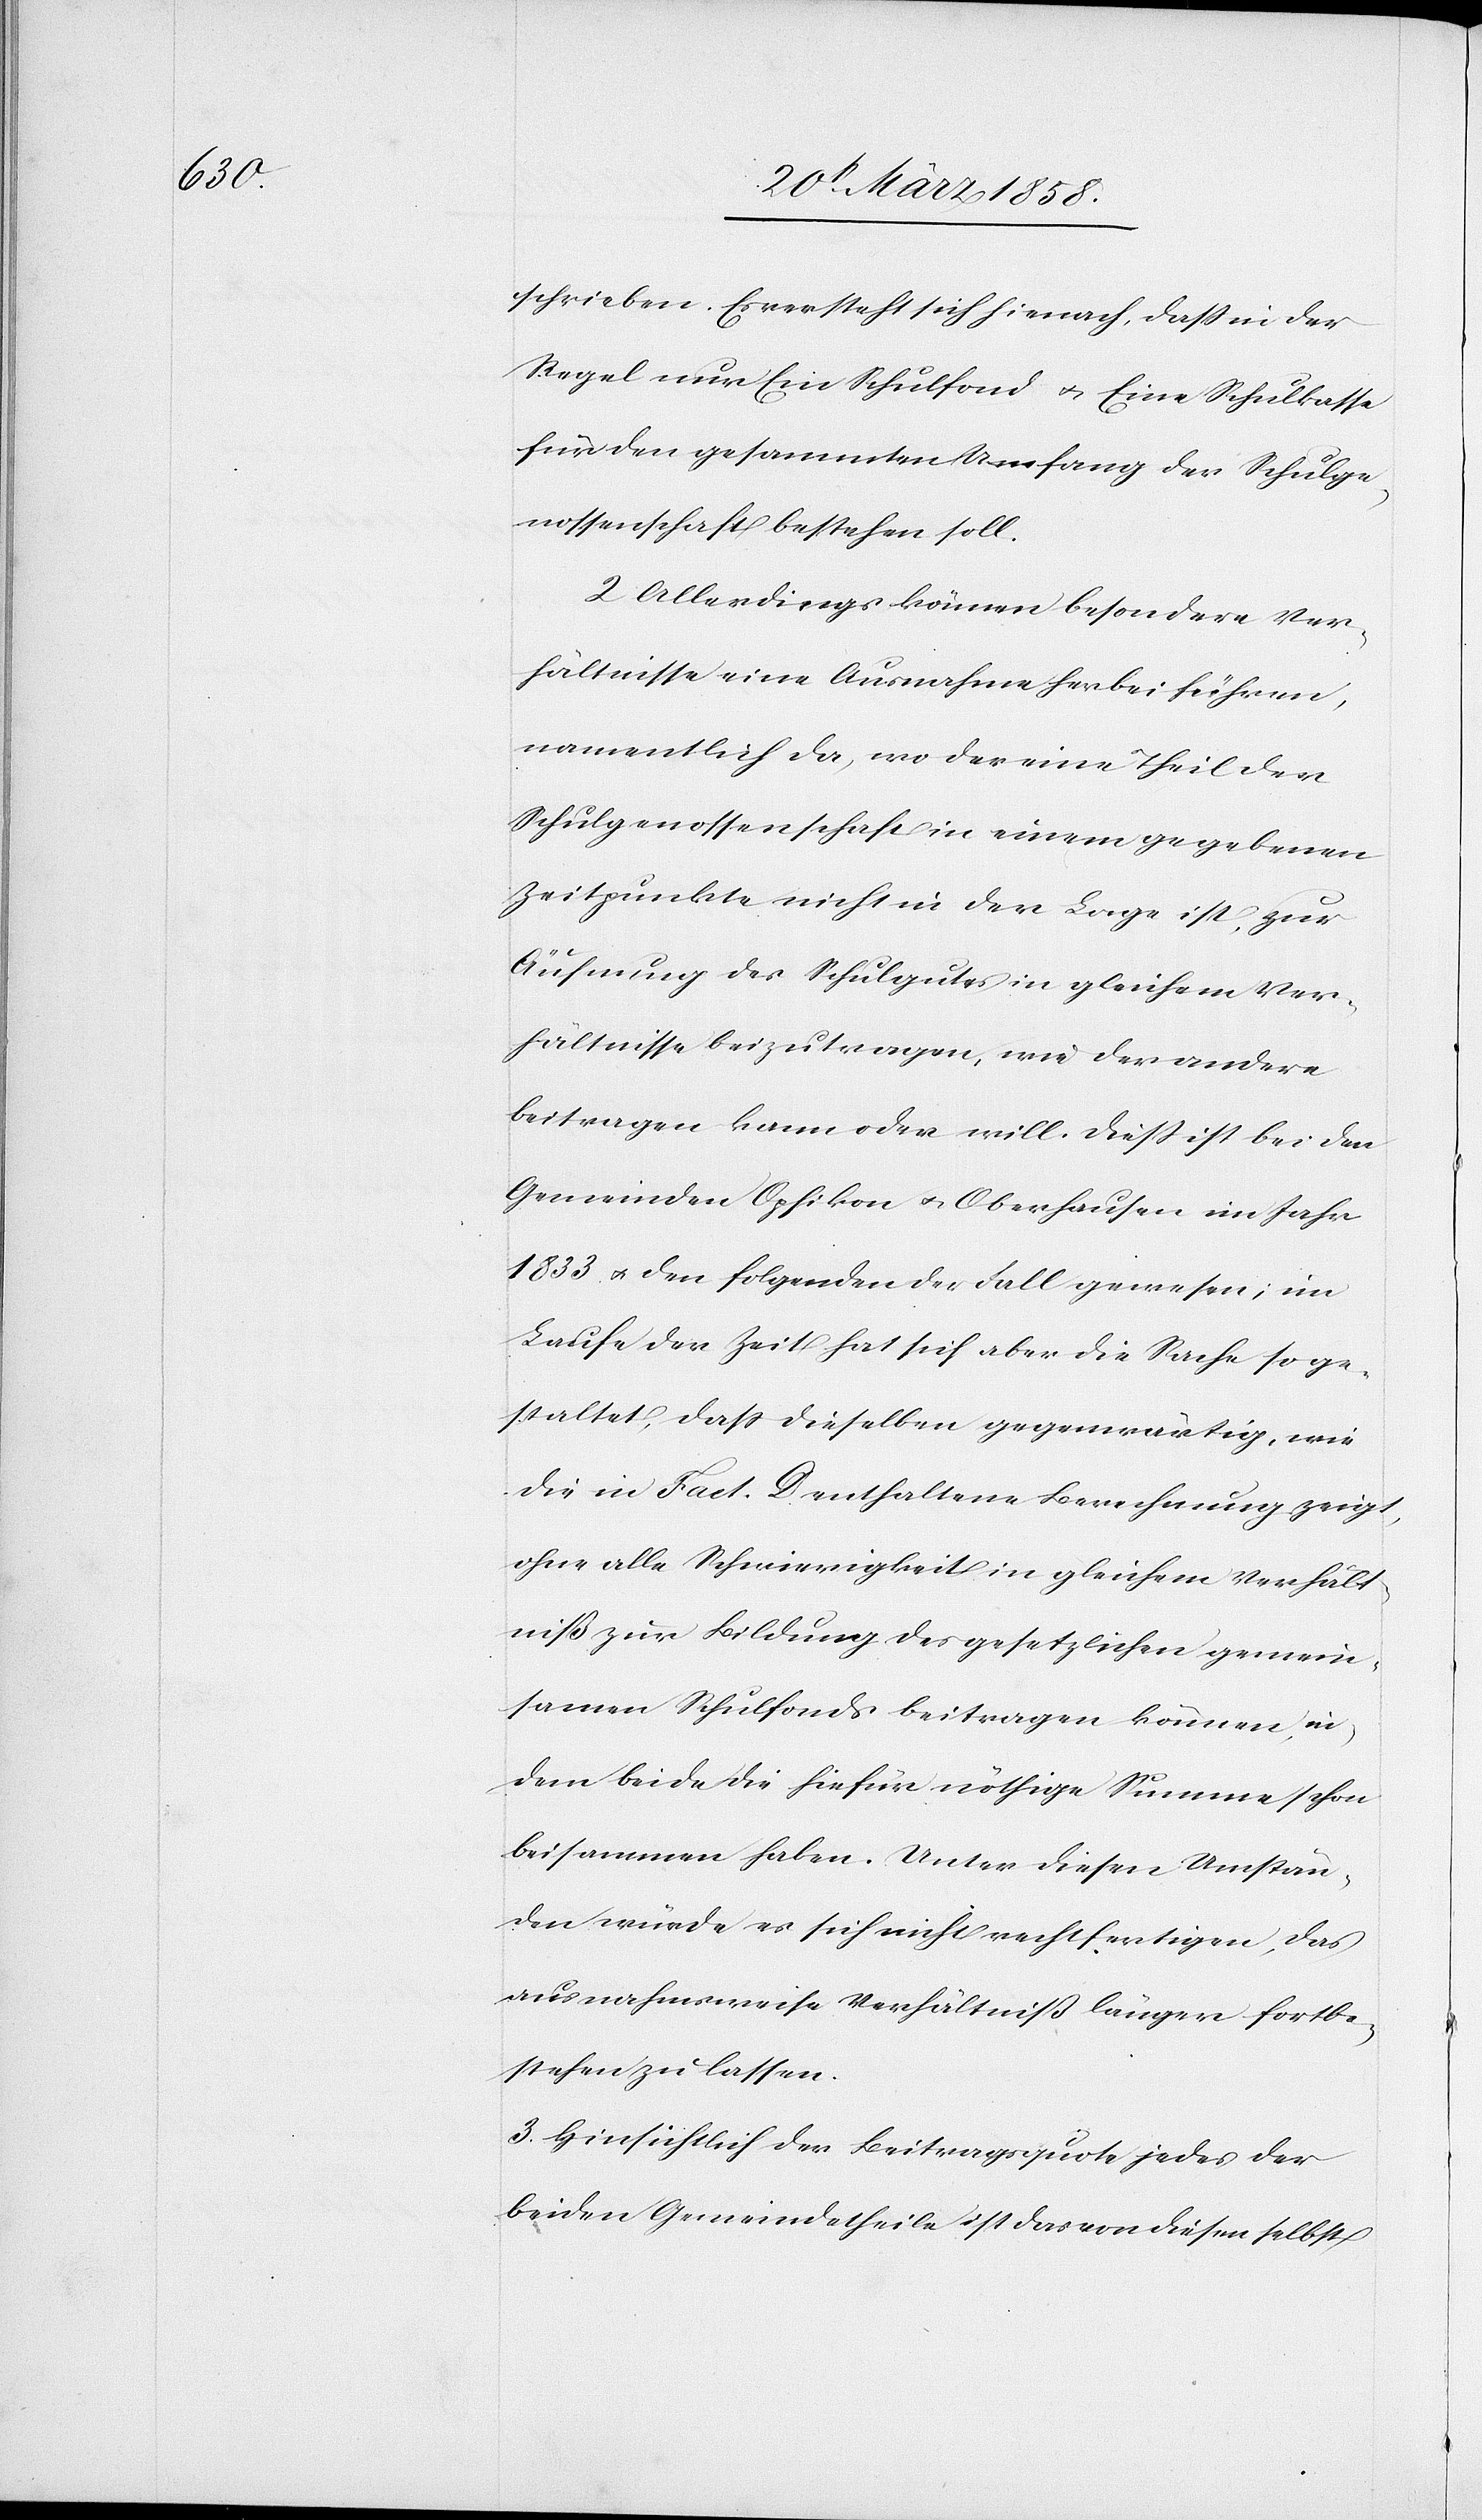
schrieben. Es versteht sich hienach, daß in der
Regel nur Ein Schulfond u. Eine Schulkasse
für den gesammten Umfang der Schulge¬
nossenschaft bestehen soll.
2. Allerdings können besondere Ver¬
hältnisse eine Ausnahme herbeiführen,
namentlich da, wo der eine Theil der
Schulgenossenschaft in einem gegebenen
Zeitpunkte nicht in der Lage ist, zur
Äufnung des Schulgutes in gleichem Ver¬
hältnisse beizutragen, wie der andere
beitragen kann oder will. Dieß ist bei den
Gemeinden Opfikon u. Oberhausen im Jahr
1833 u. den folgenden der Fall gewesen, im
Laufe der Zeit hat sich aber die Sache so ge¬
staltet, daß dieselben gegenwärtig, wie
die in Fact. D enthaltene Berechnung zeigt,
ohne alle Schwierigkeit in gleichem Verhält¬
niß zur Bildung des gesetzlichen gemein¬
samen Schulfonds beitragen können, in¬
dem beide die hiefür nöthige Summe schon
beisammen haben. Unter diesen Umstän¬
den würde es sich nicht rechtfertigen, das
ausnahmsweise Verhältniß länger fortbe¬
stehen zu lassen.
3. Hinsichtlich der Beitragsquote jedes der
beiden Gemeindetheile ist das von diesen selbst